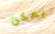
يمكن